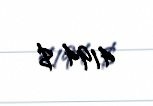
4194 $